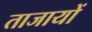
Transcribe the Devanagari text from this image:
ताजायों